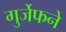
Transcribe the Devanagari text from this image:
गुर्जेफने